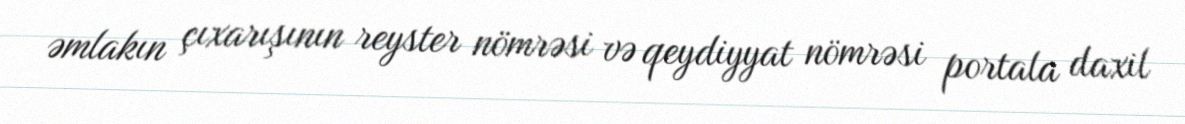
əmlakın çıxarışının reyster nömrəsi və qeydiyyat nömrəsi portala daxil